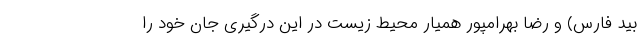
بید فارس) و رضا بهرامپور همیار محیط زیست در این درگیری جان خود را